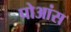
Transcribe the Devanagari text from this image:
पोआंस